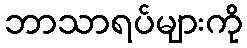
ဘာသာရပ်များကို